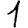
Digit: 1